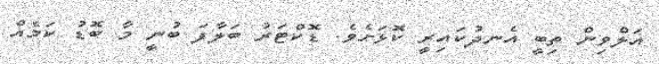
އަލްވިން ތިބީ އެނދުކައިރީ ކޮޅަށެވެ. ޑޮކްޓަރު ބަލާފަ ބުނީ މާ ބޮޑު ކަމެއް